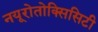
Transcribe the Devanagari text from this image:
नयूरोतोक्सिसिटी